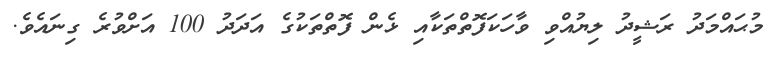
މުޙައްމަދު ރަޝީދު ލިޔުއްވި ވާހަކަފޮތްތަކާއި ޅެން ފޮތްތަކުގެ އަދަދު 100 އަށްވުރެ ގިނައެވެ.